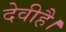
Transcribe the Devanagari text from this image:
देवीहै।